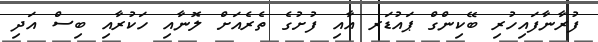
ފުރާނާފައިހުރި ބޭކިންގް ޕައުޑަރ އާއި ފުށުގެ ތެރެއަށް ލޮނާއި ހަކުރާއި ބިސް އަދި